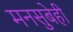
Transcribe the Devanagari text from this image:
मनसुबेही